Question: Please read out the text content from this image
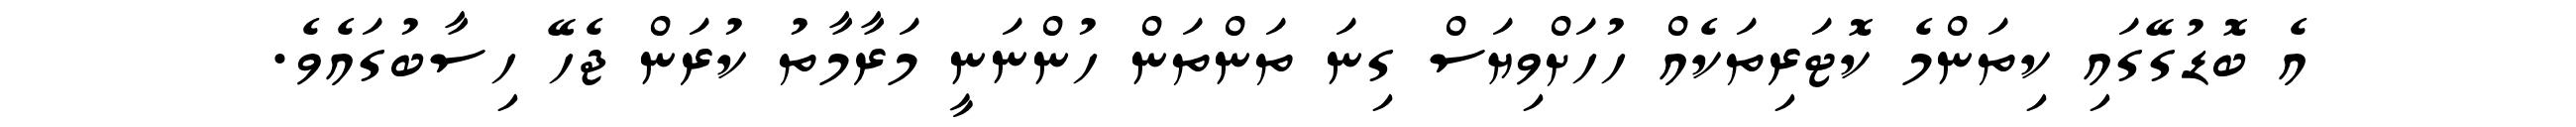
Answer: އެ ބޮޑުގޭގައި ކިތަންމެ ކޮޓަރިތަކެއް ހުހަށްވިޔަސް ގިނަ ތަންތަން ހުންނަނީ މަރާމާތު ކުރަން ޖެހޭ ހިސާބުގައެވެ.